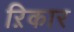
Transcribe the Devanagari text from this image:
ऱिकार